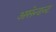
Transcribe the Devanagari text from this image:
असेन्डन्ट